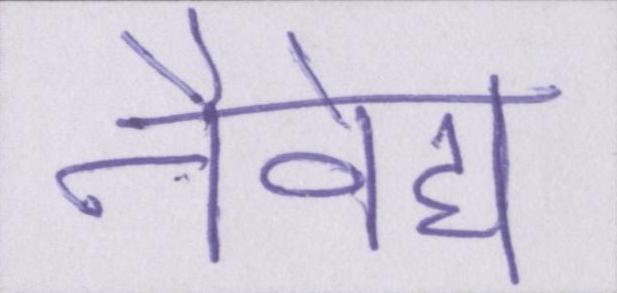
नैवेद्य